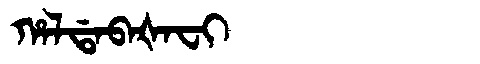
Manchu: ᡥᠠᠯᡩᠠᠪᠠᡧᠠᠸᡳ
Romanization: HALDABAŠAFI